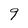
Character: 9